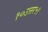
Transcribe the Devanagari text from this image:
१०उत्तर५१